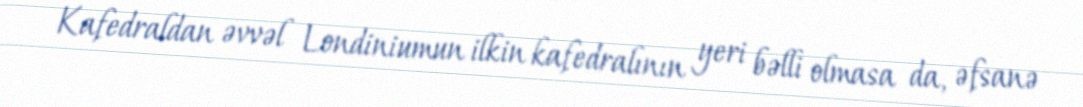
Kafedraldan əvvəl Londiniumun ilkin kafedralının yeri bəlli olmasa da, əfsanə